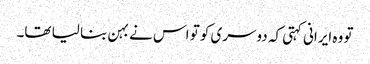
تو وہ ایرانی کہتی کہ دوسری کو تو اس نے بہن بنا لیا تھا۔